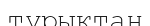
тұрықтан